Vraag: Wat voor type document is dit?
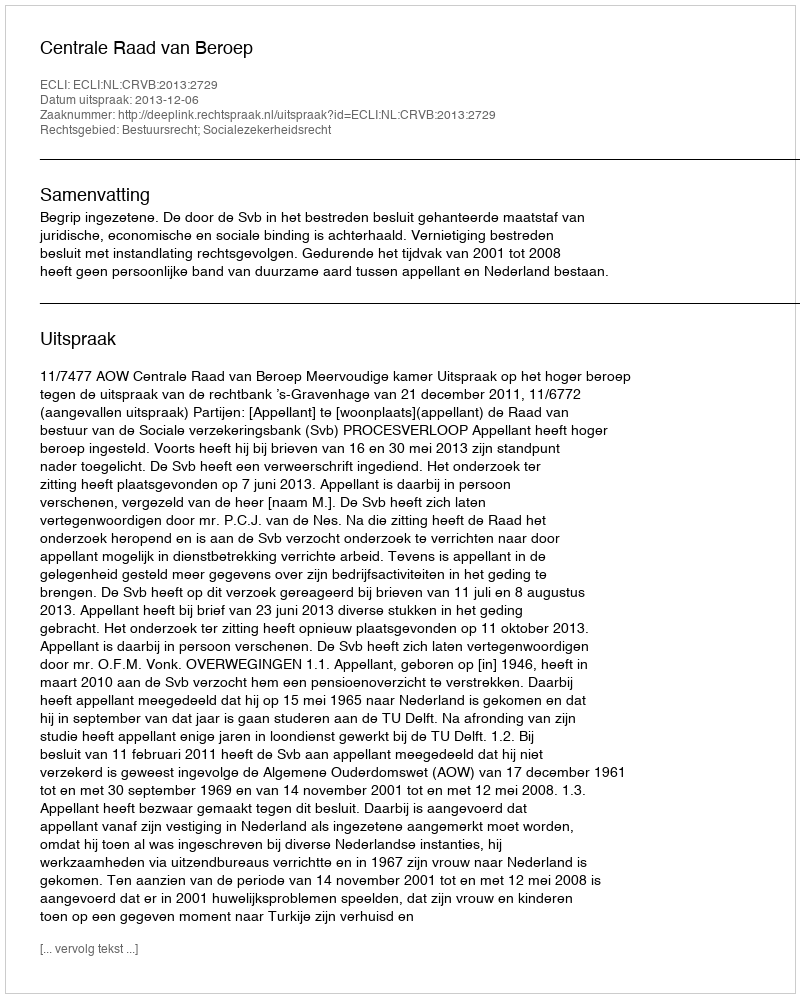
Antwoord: Uitspraak